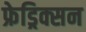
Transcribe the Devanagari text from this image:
फ्रेड्रिक्सन